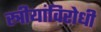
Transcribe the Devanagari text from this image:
स्त्रीयांविरोधी